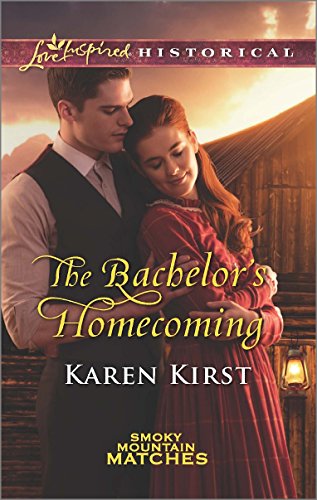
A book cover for The Bachelor's Homecoming (Smoky Mountain Matches); Karen Kirst; Romance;